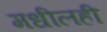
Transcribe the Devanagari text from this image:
मधीलही